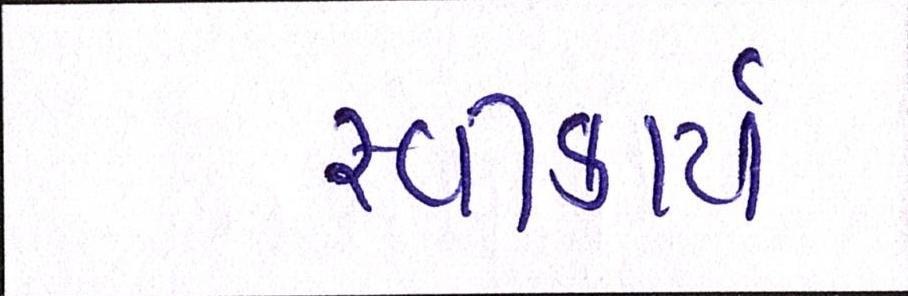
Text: સ્વીકાર્ય